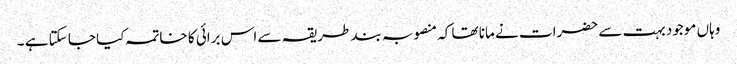
وہاں موجود بہت سے حضرات نے مانا تھا کہ منصوبہ بند طریقہ سے اس برائی کا خاتمہ کیا جا سکتا ہے ۔